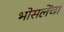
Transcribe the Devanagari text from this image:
भोसलेंचा